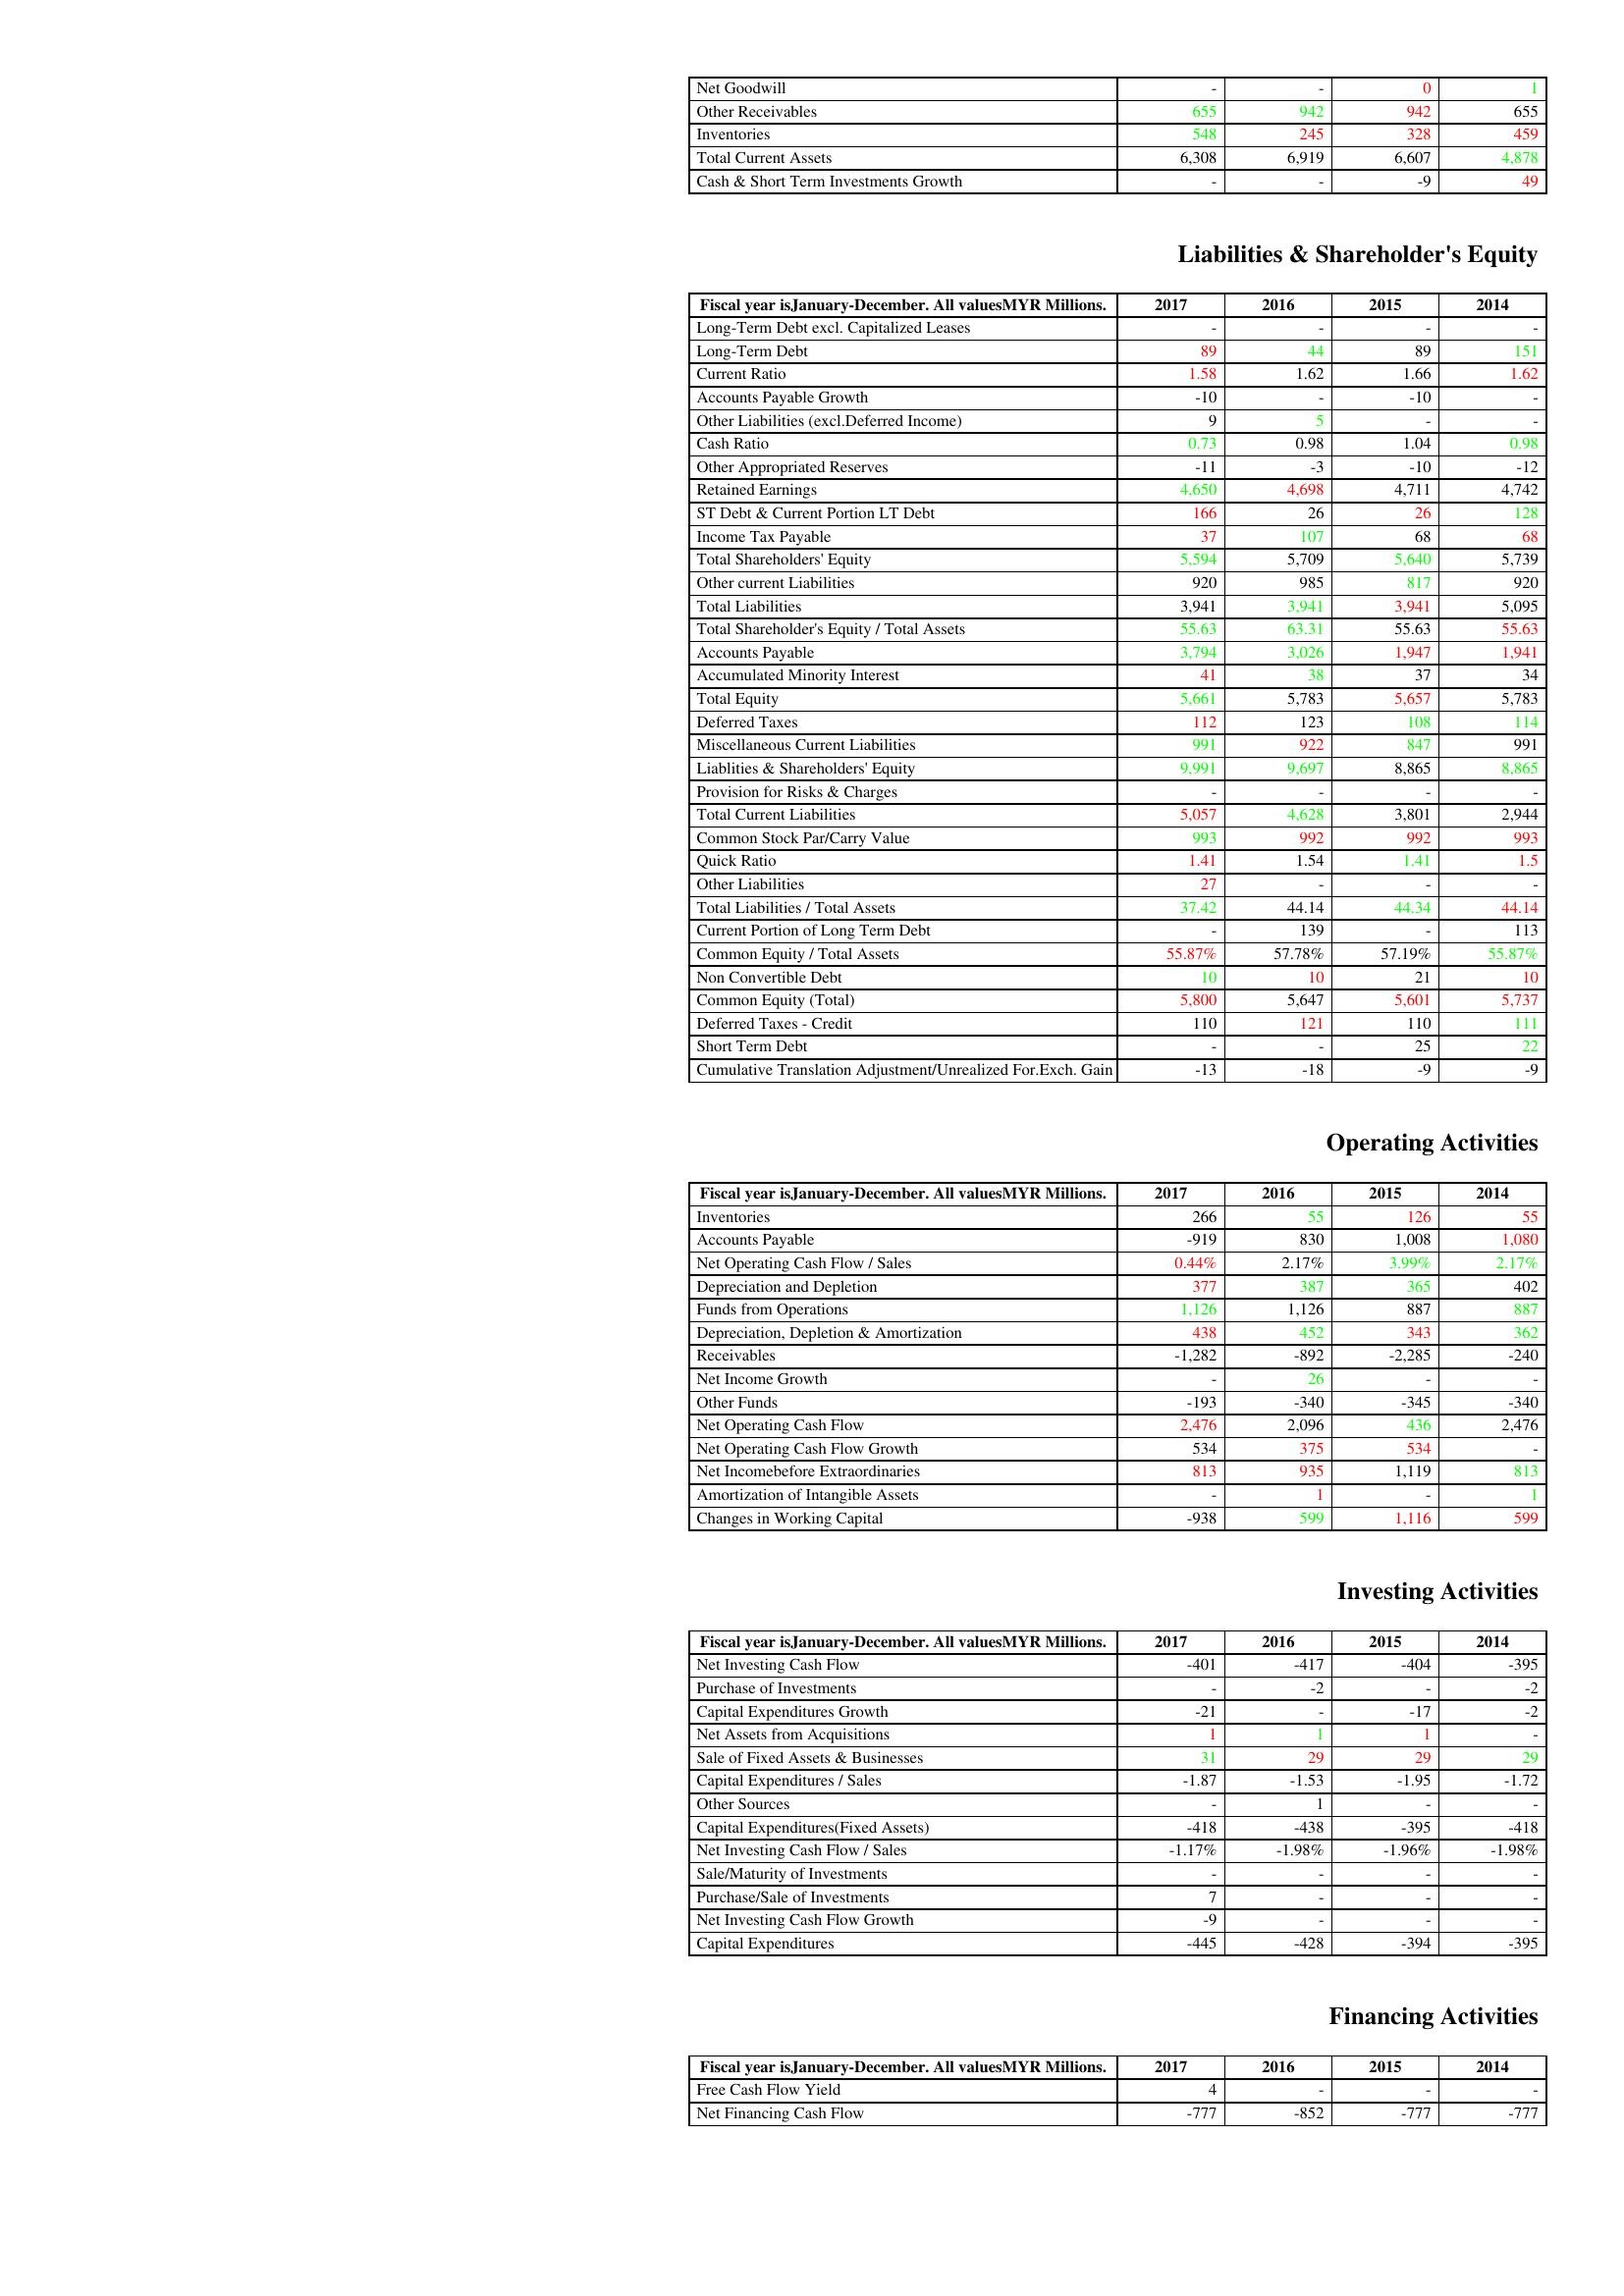
gt_parse: 2017: Assets: Net Goodwill: -
Other Receivables: 655
Inventories: 548
Total Current Assets: 6,308
Cash & Short Term Investments Growth: -
Liabilities & Shareholder's Equity: Long-Term Debt excl. Capitalized Leases: -
Long-Term Debt: 89
Current Ratio: 1.58
Accounts Payable Growth: -10
Other Liabilities (excl.Deferred Income): 9
Cash Ratio: 0.73
Other Appropriated Reserves: -11
Retained Earnings: 4,650
ST Debt & Current Portion LT Debt: 166
Income Tax Payable: 37
Total Shareholders' Equity: 5,594
Other current Liabilities: 920
Total Liabilities: 3,941
Total Shareholder's Equity / Total Assets: 55.63
Accounts Payable: 3,794
Accumulated Minority Interest: 41
Total Equity: 5,661
Deferred Taxes: 112
Miscellaneous Current Liabilities: 991
Liablities & Shareholders' Equity: 9,991
Provision for Risks & Charges: -
Total Current Liabilities: 5,057
Common Stock Par/Carry Value: 993
Quick Ratio: 1.41
Other Liabilities: 27
Total Liabilities / Total Assets: 37.42
Current Portion of Long Term Debt: -
Common Equity / Total Assets: 55.87%
Non Convertible Debt: 10
Common Equity (Total): 5,800
Deferred Taxes - Credit: 110
Short Term Debt: -
Cumulative Translation Adjustment/Unrealized For.Exch. Gain: -13
Operating Activities: Inventories: 266
Accounts Payable: -919
Net Operating Cash Flow / Sales: 0.44%
Depreciation and Depletion: 377
Funds from Operations: 1,126
Depreciation, Depletion & Amortization: 438
Receivables: -1,282
Net Income Growth: -
Other Funds: -193
Net Operating Cash Flow: 2,476
Net Operating Cash Flow Growth: 534
Net Incomebefore Extraordinaries: 813
Amortization of Intangible Assets: -
Changes in Working Capital: -938
Investing Activities: Net Investing Cash Flow: -401
Purchase of Investments: -
Capital Expenditures Growth: -21
Net Assets from Acquisitions: 1
Sale of Fixed Assets & Businesses: 31
Capital Expenditures / Sales: -1.87
Other Sources: -
Capital Expenditures(Fixed Assets): -418
Net Investing Cash Flow / Sales: -1.17%
Sale/Maturity of Investments: -
Purchase/Sale of Investments: 7
Net Investing Cash Flow Growth: -9
Capital Expenditures: -445
Financing Activities: Free Cash Flow Yield: 4
Net Financing Cash Flow: -777
2016: Assets: Net Goodwill: -
Other Receivables: 942
Inventories: 245
Total Current Assets: 6,919
Cash & Short Term Investments Growth: -
Liabilities & Shareholder's Equity: Long-Term Debt excl. Capitalized Leases: -
Long-Term Debt: 44
Current Ratio: 1.62
Accounts Payable Growth: -
Other Liabilities (excl.Deferred Income): 5
Cash Ratio: 0.98
Other Appropriated Reserves: -3
Retained Earnings: 4,698
ST Debt & Current Portion LT Debt: 26
Income Tax Payable: 107
Total Shareholders' Equity: 5,709
Other current Liabilities: 985
Total Liabilities: 3,941
Total Shareholder's Equity / Total Assets: 63.31
Accounts Payable: 3,026
Accumulated Minority Interest: 38
Total Equity: 5,783
Deferred Taxes: 123
Miscellaneous Current Liabilities: 922
Liablities & Shareholders' Equity: 9,697
Provision for Risks & Charges: -
Total Current Liabilities: 4,628
Common Stock Par/Carry Value: 992
Quick Ratio: 1.54
Other Liabilities: -
Total Liabilities / Total Assets: 44.14
Current Portion of Long Term Debt: 139
Common Equity / Total Assets: 57.78%
Non Convertible Debt: 10
Common Equity (Total): 5,647
Deferred Taxes - Credit: 121
Short Term Debt: -
Cumulative Translation Adjustment/Unrealized For.Exch. Gain: -18
Operating Activities: Inventories: 55
Accounts Payable: 830
Net Operating Cash Flow / Sales: 2.17%
Depreciation and Depletion: 387
Funds from Operations: 1,126
Depreciation, Depletion & Amortization: 452
Receivables: -892
Net Income Growth: 26
Other Funds: -340
Net Operating Cash Flow: 2,096
Net Operating Cash Flow Growth: 375
Net Incomebefore Extraordinaries: 935
Amortization of Intangible Assets: 1
Changes in Working Capital: 599
Investing Activities: Net Investing Cash Flow: -417
Purchase of Investments: -2
Capital Expenditures Growth: -
Net Assets from Acquisitions: 1
Sale of Fixed Assets & Businesses: 29
Capital Expenditures / Sales: -1.53
Other Sources: 1
Capital Expenditures(Fixed Assets): -438
Net Investing Cash Flow / Sales: -1.98%
Sale/Maturity of Investments: -
Purchase/Sale of Investments: -
Net Investing Cash Flow Growth: -
Capital Expenditures: -428
Financing Activities: Free Cash Flow Yield: -
Net Financing Cash Flow: -852
2015: Assets: Net Goodwill: 0
Other Receivables: 942
Inventories: 328
Total Current Assets: 6,607
Cash & Short Term Investments Growth: -9
Liabilities & Shareholder's Equity: Long-Term Debt excl. Capitalized Leases: -
Long-Term Debt: 89
Current Ratio: 1.66
Accounts Payable Growth: -10
Other Liabilities (excl.Deferred Income): -
Cash Ratio: 1.04
Other Appropriated Reserves: -10
Retained Earnings: 4,711
ST Debt & Current Portion LT Debt: 26
Income Tax Payable: 68
Total Shareholders' Equity: 5,640
Other current Liabilities: 817
Total Liabilities: 3,941
Total Shareholder's Equity / Total Assets: 55.63
Accounts Payable: 1,947
Accumulated Minority Interest: 37
Total Equity: 5,657
Deferred Taxes: 108
Miscellaneous Current Liabilities: 847
Liablities & Shareholders' Equity: 8,865
Provision for Risks & Charges: -
Total Current Liabilities: 3,801
Common Stock Par/Carry Value: 992
Quick Ratio: 1.41
Other Liabilities: -
Total Liabilities / Total Assets: 44.34
Current Portion of Long Term Debt: -
Common Equity / Total Assets: 57.19%
Non Convertible Debt: 21
Common Equity (Total): 5,601
Deferred Taxes - Credit: 110
Short Term Debt: 25
Cumulative Translation Adjustment/Unrealized For.Exch. Gain: -9
Operating Activities: Inventories: 126
Accounts Payable: 1,008
Net Operating Cash Flow / Sales: 3.99%
Depreciation and Depletion: 365
Funds from Operations: 887
Depreciation, Depletion & Amortization: 343
Receivables: -2,285
Net Income Growth: -
Other Funds: -345
Net Operating Cash Flow: 436
Net Operating Cash Flow Growth: 534
Net Incomebefore Extraordinaries: 1,119
Amortization of Intangible Assets: -
Changes in Working Capital: 1,116
Investing Activities: Net Investing Cash Flow: -404
Purchase of Investments: -
Capital Expenditures Growth: -17
Net Assets from Acquisitions: 1
Sale of Fixed Assets & Businesses: 29
Capital Expenditures / Sales: -1.95
Other Sources: -
Capital Expenditures(Fixed Assets): -395
Net Investing Cash Flow / Sales: -1.96%
Sale/Maturity of Investments: -
Purchase/Sale of Investments: -
Net Investing Cash Flow Growth: -
Capital Expenditures: -394
Financing Activities: Free Cash Flow Yield: -
Net Financing Cash Flow: -777
2014: Assets: Net Goodwill: 1
Other Receivables: 655
Inventories: 459
Total Current Assets: 4,878
Cash & Short Term Investments Growth: 49
Liabilities & Shareholder's Equity: Long-Term Debt excl. Capitalized Leases: -
Long-Term Debt: 151
Current Ratio: 1.62
Accounts Payable Growth: -
Other Liabilities (excl.Deferred Income): -
Cash Ratio: 0.98
Other Appropriated Reserves: -12
Retained Earnings: 4,742
ST Debt & Current Portion LT Debt: 128
Income Tax Payable: 68
Total Shareholders' Equity: 5,739
Other current Liabilities: 920
Total Liabilities: 5,095
Total Shareholder's Equity / Total Assets: 55.63
Accounts Payable: 1,941
Accumulated Minority Interest: 34
Total Equity: 5,783
Deferred Taxes: 114
Miscellaneous Current Liabilities: 991
Liablities & Shareholders' Equity: 8,865
Provision for Risks & Charges: -
Total Current Liabilities: 2,944
Common Stock Par/Carry Value: 993
Quick Ratio: 1.5
Other Liabilities: -
Total Liabilities / Total Assets: 44.14
Current Portion of Long Term Debt: 113
Common Equity / Total Assets: 55.87%
Non Convertible Debt: 10
Common Equity (Total): 5,737
Deferred Taxes - Credit: 111
Short Term Debt: 22
Cumulative Translation Adjustment/Unrealized For.Exch. Gain: -9
Operating Activities: Inventories: 55
Accounts Payable: 1,080
Net Operating Cash Flow / Sales: 2.17%
Depreciation and Depletion: 402
Funds from Operations: 887
Depreciation, Depletion & Amortization: 362
Receivables: -240
Net Income Growth: -
Other Funds: -340
Net Operating Cash Flow: 2,476
Net Operating Cash Flow Growth: -
Net Incomebefore Extraordinaries: 813
Amortization of Intangible Assets: 1
Changes in Working Capital: 599
Investing Activities: Net Investing Cash Flow: -395
Purchase of Investments: -2
Capital Expenditures Growth: -2
Net Assets from Acquisitions: -
Sale of Fixed Assets & Businesses: 29
Capital Expenditures / Sales: -1.72
Other Sources: -
Capital Expenditures(Fixed Assets): -418
Net Investing Cash Flow / Sales: -1.98%
Sale/Maturity of Investments: -
Purchase/Sale of Investments: -
Net Investing Cash Flow Growth: -
Capital Expenditures: -395
Financing Activities: Free Cash Flow Yield: -
Net Financing Cash Flow: -777